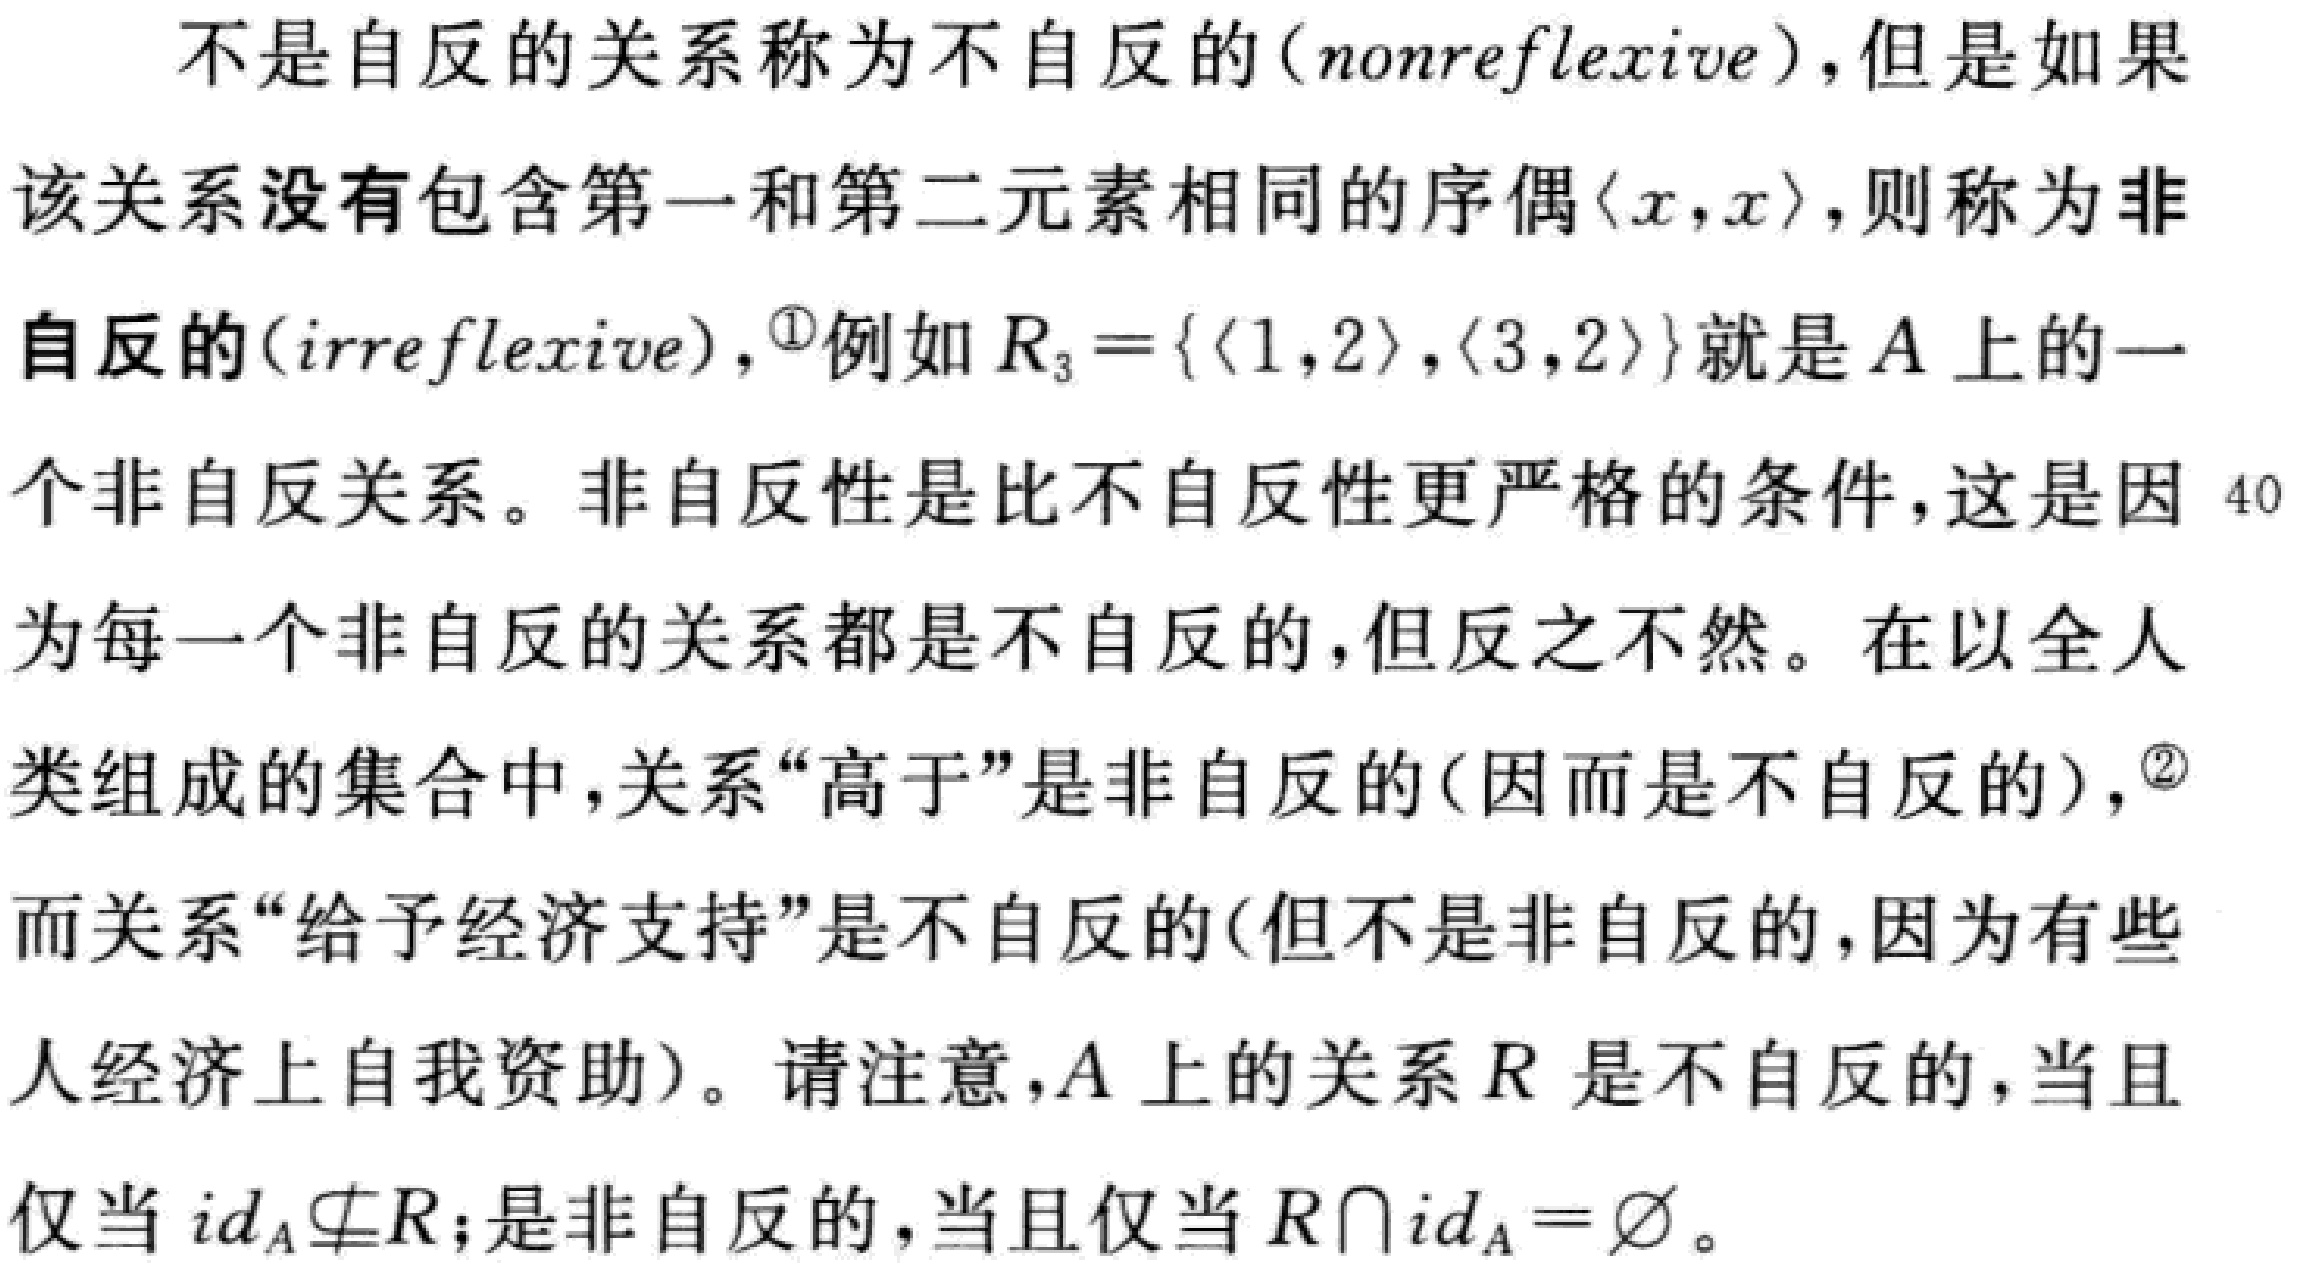
不是自反的关系称为不自反的（nonreflexive），但是如果

该关系没有包含第一和第二元素相同的序偶$\langle x,x\rangle$，则称为非

自反的（irreflexive），\footnote{例如$R_3 = \{\langle 1,2\rangle,\langle 3,2\rangle\}$就是$A$上的一

个非自反关系。}非自反性是比不自反性更严格的条件，这是因40

为每一个非自反的关系都是不自反的，但反之不然。在以全人

类组成的集合中，关系“高于”是非自反的（因而是不自反的），\footnote{}

而关系“给予经济支持”是不自反的（但不是非自反的，因为有些

人经济上自我资助）。请注意，$A$上的关系$R$是不自反的，当且

仅当$id_A\nsubseteq R$；是非自反的，当且仅当$R\cap id_A = \varnothing$。